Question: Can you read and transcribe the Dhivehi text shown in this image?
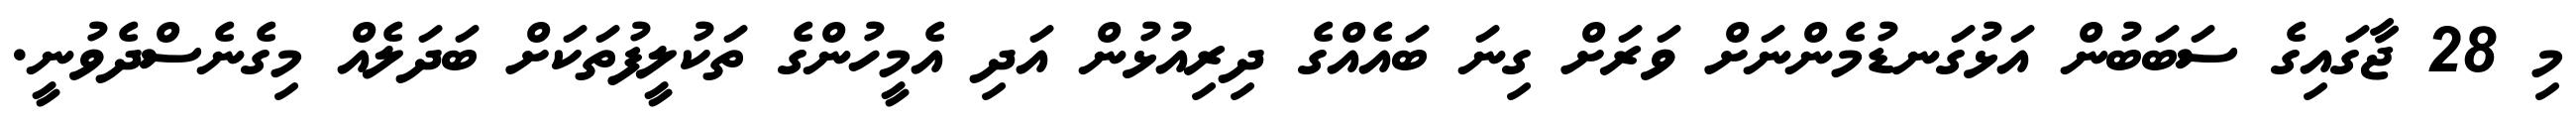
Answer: މި 28 ޖާގައިގެ ސަބަބުން އަޅުގަނޑުމެންނަށް ވަރަށް ގިނަ ބައެއްގެ ދިރިއުޅުން އަދި އެމީހުންގެ ތަކުލީފުތަކަށް ބަދަލެއް މިގެނެސްދެވުނީ.